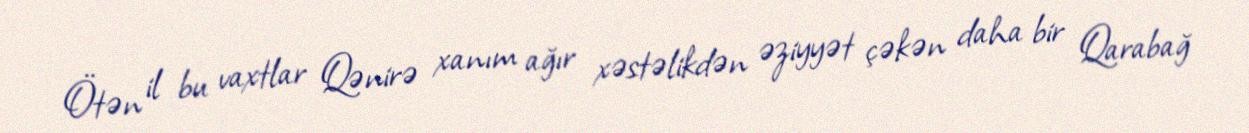
Ötən il bu vaxtlar Qənirə xanım ağır xəstəlikdən əziyyət çəkən daha bir Qarabağ